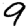
Digit: 9